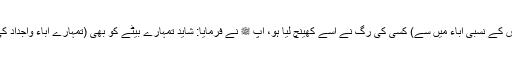
، اُس نے عرض کی: شاید (اُس کے نسبی آباء میں سے) کسی کی رگ نے اُسے کھینچ لیا ہو، آپ ﷺ نے فرمایا: شاید تمہارے بیٹے کو بھی (تمہارے آباء واجداد کی) کسی رگ نے کھینچ لیا ہو۔